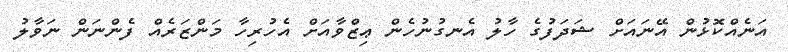
އަނެއްކޮޅުން އޭނައަށް ޝަދަފުގެ ހާލު އެނގުނުހެން ޢިޒްވާއަށް އެހުރިހާ މަންޒަރެއް ފެންނަން ނަވާލު